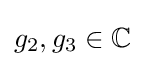
g_{2},g_{3}\in \mathbb {C}